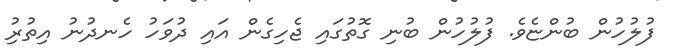
ފުލުހުން ބުންޏެވެ. ފުލުހުން ބުނި ގޮތުގައި ޖެހިގެން އައި ދުވަހު ހެނދުނު އިތުރުި